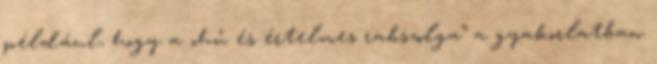
például, hogy a „hű és értelmes rabszolga” a gyakorlatban